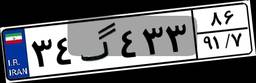
۳۴گ۴۳۳۸۶